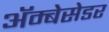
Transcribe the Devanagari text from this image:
अॅम्बेसेडर